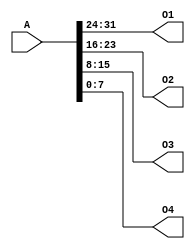
`timescale 1ns / 1ps
//////////////////////////////////////////////////////////////////////////////////
// Company: 
// Engineer: 
// 
// Design Name: 
// Module Name:    splitter 
// Project Name: 
// Target Devices: 
// Tool versions: 
// Description: 
//
// Dependencies: 
//
// Revision: 
// Revision 0.01 - File Created
// Additional Comments: 
//
//////////////////////////////////////////////////////////////////////////////////
module splitter(
    input [31:0] A,
    output [7:0] O1,
    output [7:0] O2,
    output [7:0] O3,
    output [7:0] O4
    );
	 
	 assign {O1[7:0],O2[7:0],O3[7:0],O4[7:0]} = A[31:0];
	 

endmodule